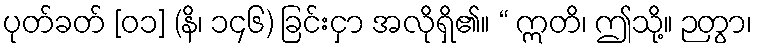
ပုတ်ခတ် [၀၁] (နိ၊ ၁၄၆) ခြင်းငှာ အလိုရှိ၏။ “ ဣတိ၊ ဤသို့။ ဉတွာ၊